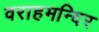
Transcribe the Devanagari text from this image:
वराहमन्दिर